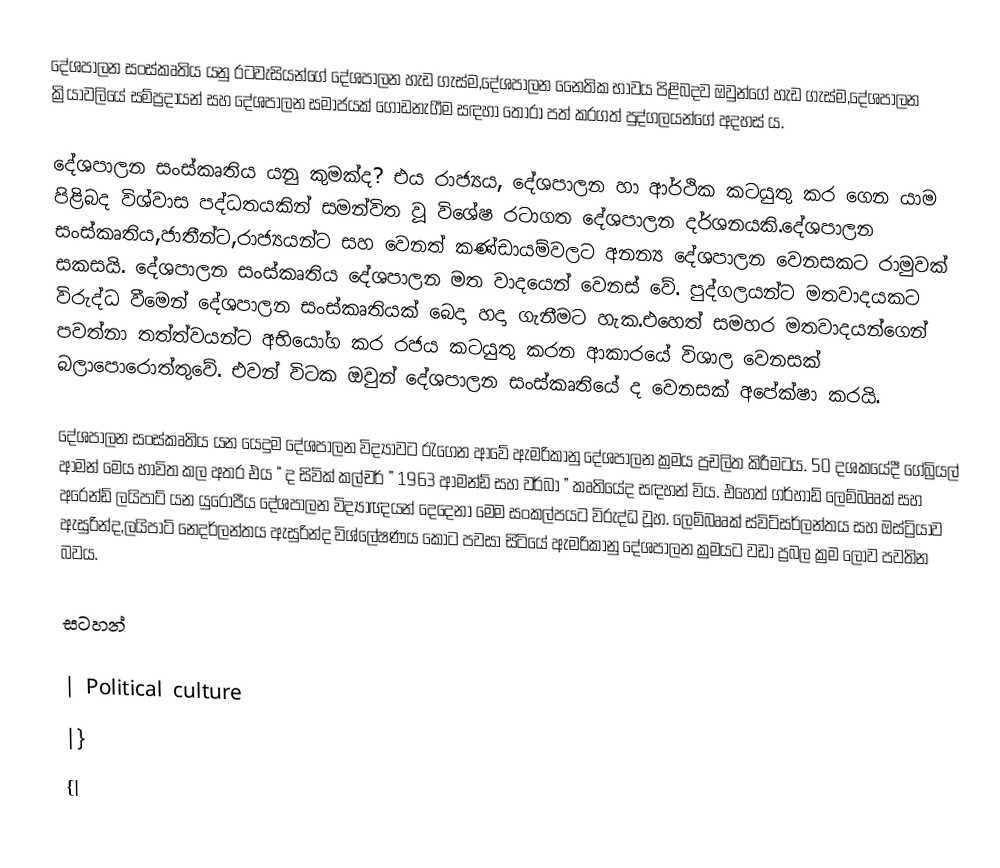
දේශපාලන සංස්කෘතිය යනු රටවැසියන්ගේ දේශපාලන හැඩ ගැස්ම,දේශපාලන ‍නෛතික භාවය පිළිබදව ඔවුන්ගේ හැඩ ගැස්ම,දේශපාලන ක්‍රියාවලියේ සම්ප්‍රදායන් සහ දේශපාලන සමාජයක් ගොඩනැගීම සඳහා තෝරා පත් කරගත් පුද්ගලයන්ගේ අදහස් ය.

දේශපාලන සංස්කෘතිය යනු කුමක්ද? එය රාජ්‍යය, දේශපාලන හා ආර්ථික කටයුතු කර ගෙන යාම පිළිබද විශ්වාස පද්ධතයකින් සමන්විත වූ විශේෂ රටාගත දේශපාලන දර්ශනයකි.දේශපාලන සංස්කෘතිය,ජාතීන්ට,රාජ්‍යයන්ට සහ වෙනත් කණ්ඩායම්වලට අනන්‍ය දේශපාලන වෙනසකට රාමුවක් සකසයි. දේශපාලන සංස්කෘතිය දේශපාලන මත වාදයෙන් වෙනස් වේ. පුද්ගලයන්ට මතවාදයකට විරුද්ධ වීමෙන් දේශපාලන සංස්කෘතියක් බෙදා හදා ගැනීමට හැක.එහෙත් සමහර මතවාදයන්ගෙන් පවත්නා තත්ත්වයන්ට අභියෝග කර රජය කටයුතු කරන ආකාරයේ විශාල වෙනසක් බලාපොරොත්තුවේ. එවන් විටක ඔවුන් දේශපාලන සංස්කෘතියේ ද වෙනසක් අපේක්ෂා කරයි.

දේශපාලන සංස්කෘතිය යන යෙදුම දේශපාලන විද්‍යාවට රැගෙන ආවේ ඇමරිකානු දේශපාලන ක්‍රමය ප්‍රචලිත කිරීමටය. 50 දශකයේදී ගේබ්‍රියල් ආමන් මෙය භාවිත කල අතර එය “ ද සිවික් කල්චර් ” 1963 ආමන්ඩ් සහ වර්බා ” කෘතියේද සඳහන් විය. එහෙත් ගර්හාඩ් ලෙම්බෲක් සහ අරෙන්ඩ් ලයිපාට් යන යුරෝපීය දේශපාලන විද්‍යාඥයන් දෙදෙනා මෙම සංකල්පයට විරුද්ධ වූහ. ලෙම්බෲක් ස්විට්සර්ලන්තය සහ ඔස්ට්‍රියාව ඇසුරින්ද,ලයිපාට් නෙදර්ලන්තය ඇසුරින්ද විශ්ලේෂණය කොට පවසා සිටියේ ඇමරිකානු දේශපාලන ක්‍රමයට වඩා ප්‍රබල ක්‍රම ලොව පවතින බවය.

සටහන්

| Political culture
|}
{|